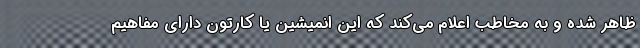
ظاهر شده و به مخاطب اعلام می‌کند که این انمیشین یا کارتون دارای مفاهیم